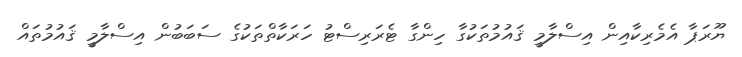
ޔޫރަޕާ އެމެރިކާއިން އިސްލާމީ ޤައުމުތަކުގާ ހިންގާ ޓެރަރިސްޓު ހަރަކާތްތަކުގެ ސަބަބުން އިސްލާމީ ޤައުމުތައް